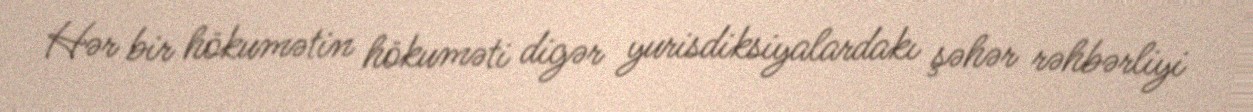
Hər bir hökumətin hökuməti digər yurisdiksiyalardakı şəhər rəhbərliyi